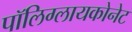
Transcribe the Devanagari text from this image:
पॉलिग्लायकोनेट